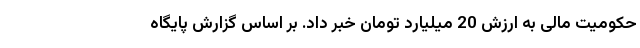
حکومیت مالی به ارزش 20 میلیارد تومان خبر داد. بر اساس گزارش پایگاه